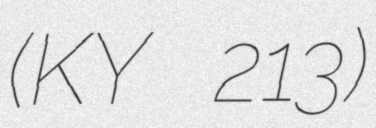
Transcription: (KY 213)